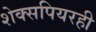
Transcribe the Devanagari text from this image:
शेक्सपियरही